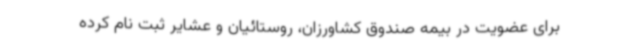
برای عضویت در بیمه صندوق کشاورزان، روستائیان و عشایر ثبت نام کرده